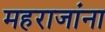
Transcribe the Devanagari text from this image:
महराजांना